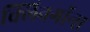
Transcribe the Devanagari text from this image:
क्लिनगॉन्स